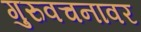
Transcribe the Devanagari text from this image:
गुरुवचनावर